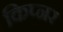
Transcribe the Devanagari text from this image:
किप्नर